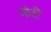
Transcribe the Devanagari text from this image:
नोटी